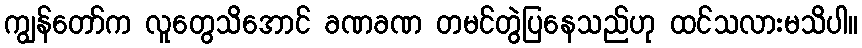
ကျွန်တော်က လူတွေသိအောင် ခဏခဏ တမင်တွဲပြနေသည်ဟု ထင်သလားမသိပါ။